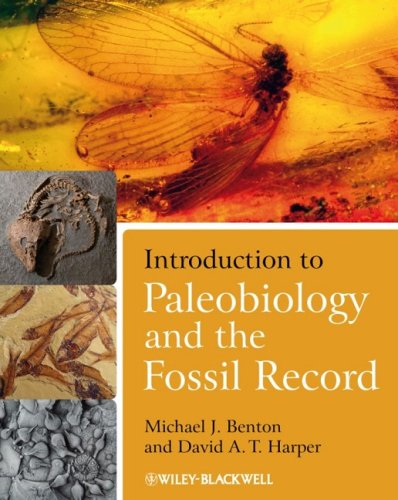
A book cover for Introduction to Paleobiology and the Fossil Record; Michael Benton; Science & Math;